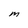
Character: M